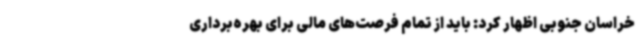
خراسان جنوبی اظهار کرد: باید از تمام فرصت‌های مالی برای بهره‌برداری